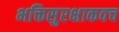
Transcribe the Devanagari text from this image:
भक्तिसुरक्षाकवच